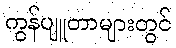
ကွန်ပျူတာများတွင်